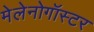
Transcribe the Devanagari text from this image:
मेलेनोगॉस्टर